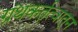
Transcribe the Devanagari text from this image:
ग्रंथकर्तृत्वातून